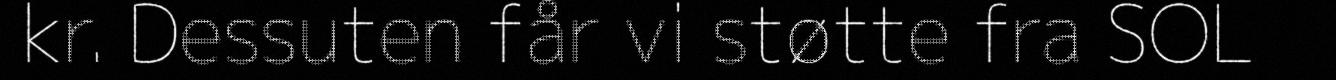
kr. Dessuten får vi støtte fra SOL